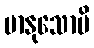
မာနုသောပိ